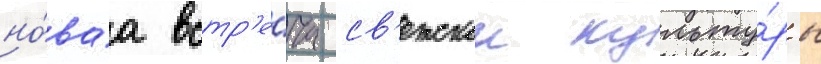
но́ваа встр'е́ча св'етскои культу́ры